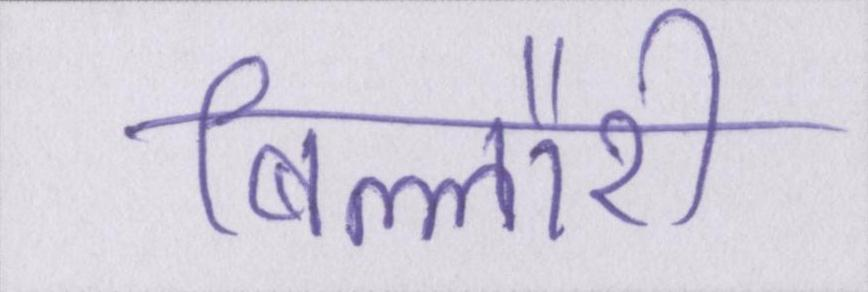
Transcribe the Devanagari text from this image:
बिल्लौरी